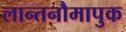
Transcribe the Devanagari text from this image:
लान्तनौमापुक